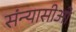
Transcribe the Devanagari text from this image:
संन्यासीओ